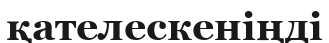
қателескеніңді